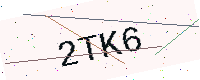
Text: 2TK6